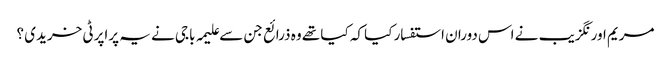
مریم اورنگزیب نے اس دوران استفسار کیا کہ کیا تھے وہ ذرائع جن سے علیمہ باجی نے یہ پراپرٹی خریدی ؟